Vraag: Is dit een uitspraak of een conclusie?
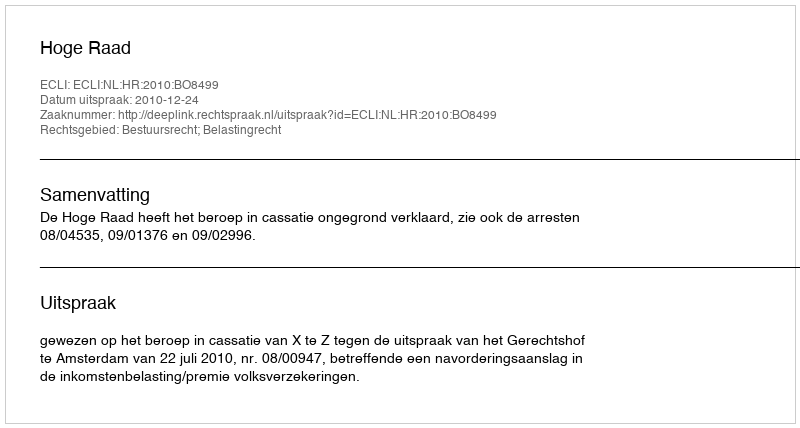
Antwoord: Uitspraak